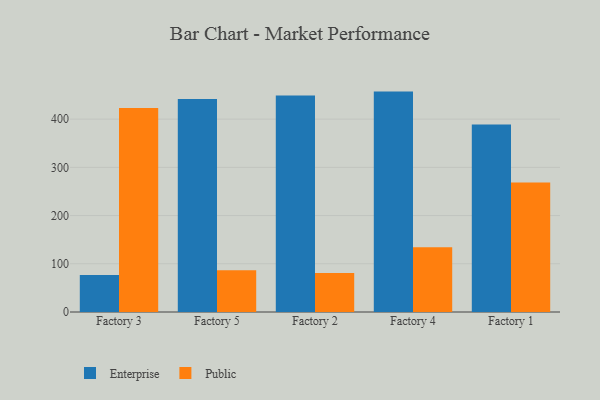
{"axis": {"x": "Factory", "y": "Satisfaction Score"}, "legend": ["Enterprise", "Public"], "data": [{"x": "Factory 3", "y": 76.5, "type": "Enterprise"}, {"x": "Factory 3", "y": 422.9, "type": "Public"}, {"x": "Factory 5", "y": 441.5, "type": "Enterprise"}, {"x": "Factory 5", "y": 86.6, "type": "Public"}, {"x": "Factory 2", "y": 449.2, "type": "Enterprise"}, {"x": "Factory 2", "y": 81.0, "type": "Public"}, {"x": "Factory 4", "y": 457.1, "type": "Enterprise"}, {"x": "Factory 4", "y": 134.1, "type": "Public"}, {"x": "Factory 1", "y": 388.7, "type": "Enterprise"}, {"x": "Factory 1", "y": 268.7, "type": "Public"}]}